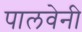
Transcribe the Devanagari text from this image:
पालवेनी